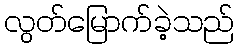
လွတ်မြောက်ခဲ့သည်